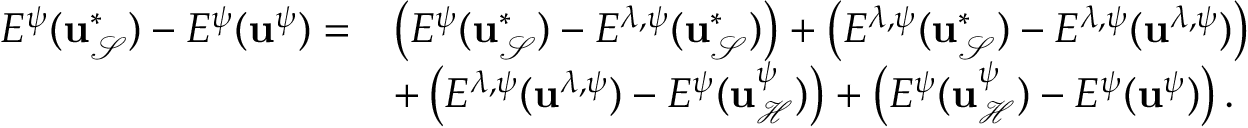
\begin{array} { r l } { E ^ { \psi } ( { \bf u } _ { \mathcal { S } } ^ { * } ) - E ^ { \psi } ( { \bf u } ^ { \psi } ) = } & { \left( E ^ { \psi } ( { \bf u } _ { \mathcal { S } } ^ { * } ) - E ^ { \lambda , \psi } ( { \bf u } _ { \mathcal { S } } ^ { * } ) \right) + \left( E ^ { \lambda , \psi } ( { \bf u } _ { \mathcal { S } } ^ { * } ) - E ^ { \lambda , \psi } ( { \bf u } ^ { \lambda , \psi } ) \right) } \\ & { + \left( E ^ { \lambda , \psi } ( { \bf u } ^ { \lambda , \psi } ) - E ^ { \psi } ( { \bf u } _ { \mathcal { H } } ^ { \psi } ) \right) + \left( E ^ { \psi } ( { \bf u } _ { \mathcal { H } } ^ { \psi } ) - E ^ { \psi } ( { \bf u } ^ { \psi } ) \right) . } \end{array}